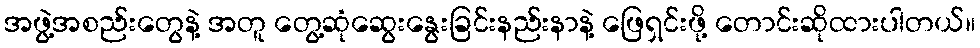
အဖွဲ့အစည်းတွေနဲ့ အတူ တွေ့ဆုံဆွေးနွေးခြင်းနည်းနာနဲ့ ဖြေရှင်းဖို့ တောင်းဆိုထားပါတယ်။